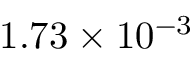
1 . 7 3 \times 1 0 ^ { - 3 }